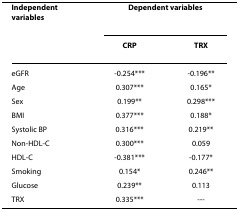
| Independent variables | <COLSPAN=2> Dependent variables |
 |  | CRP | TRX |
 | --- | --- | --- |
 | eGFR | -0.254*** | -0.196** |
 | Age | 0.307*** | 0.165* |
 | Sex | 0.199** | 0.298*** |
 | BMI | 0.377*** | 0.188* |
 | Systolic BP | 0.316*** | 0.219** |
 | Non-HDL-C | 0.300*** | 0.059 |
 | HDL-C | -0.381*** | -0.177* |
 | Smoking | 0.154* | 0.246** |
 | Glucose | 0.239** | 0.113 |
 | TRX | 0.335*** | --- |